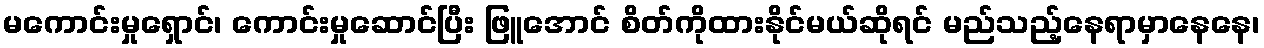
မကောင်းမှုရှောင်၊ ကောင်းမှုဆောင်ပြီး ဖြူအောင် စိတ်ကိုထားနိုင်မယ်ဆိုရင် မည်သည့်နေရာမှာနေနေ၊